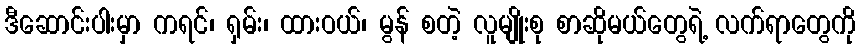
ဒီဆောင်းပါးမှာ ကရင်၊ ရှမ်း၊ ထားဝယ်၊ မွန် စတဲ့ လူမျိုးစု စာဆိုမယ်တွေရဲ့ လက်ရာတွေကို